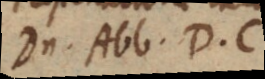
Dn. Abb. D. C.